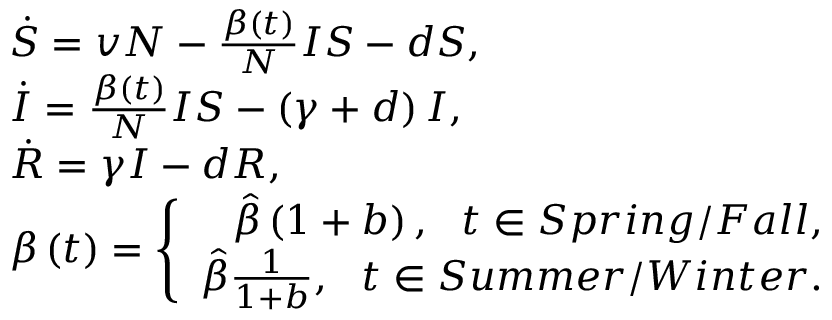
\begin{array} { r l } & { \dot { S } = v N - \frac { \beta \left( t \right) } N I S - d S , } \\ & { \dot { I } = \frac { \beta \left( t \right) } N I S - \left( \gamma + d \right) I , } \\ & { \dot { R } = \gamma I - d R , } \\ & { \beta \left( t \right) = \left\{ \begin{array} { r } { \hat { \beta } \left( 1 + b \right) , \ \ t \in S p r i n g / F a l l , } \\ { \hat { \beta } \frac { 1 } { 1 + b } , \ \ t \in S u m m e r / W i n t e r . } \end{array} \right. } \end{array}